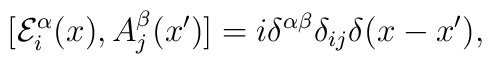
[{\cal E}^\alpha_i(x), A^\beta_j(x')] = i \delta^{\alpha\beta} \delta_{ij}    \delta(x-x'),